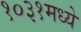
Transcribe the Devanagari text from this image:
१०३१मध्ये